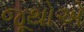
જૂથોએ